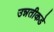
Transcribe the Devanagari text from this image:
उन्नतीकडे